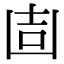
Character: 𠚌